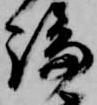
論